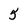
Character: 5